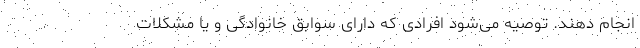
انجام دهند. توصیه می‌شود افرادی که دارای سوابق خانوادگی و یا مشکلات